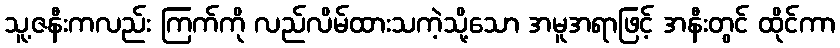
သူ့ဇနီးကလည်း ကြက်ကို လည်လိမ်ထားသကဲ့သို့သော အမူအရာဖြင့် အနီးတွင် ထိုင်ကာ